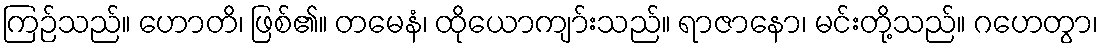
ကြဉ်သည်။ ဟောတိ၊ ဖြစ်၏။ တမေနံ၊ ထိုယောကျာ်းသည်။ ရာဇာနော၊ မင်းတို့သည်။ ဂဟေတွာ၊